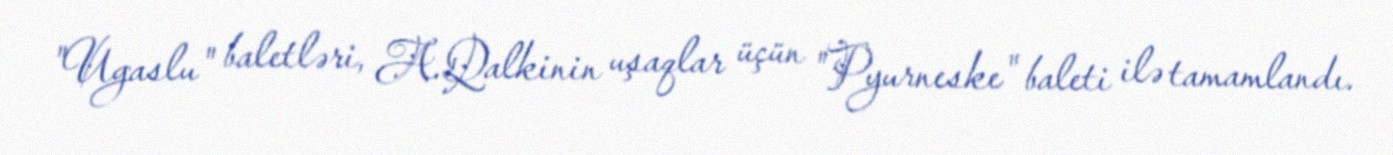
"Ugaslu" baletləri, A.Qalkinin uşaqlar üçün "Pyurneske" baleti ilə tamamlandı.